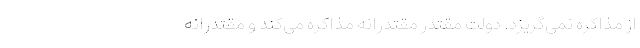
از مذاکره نمی‌گریزد. دولت مقتدر مقتدرانه مذاکره می‌کند و مقتدرانه